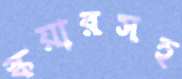
স্কয়ারসহ